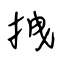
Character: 拽